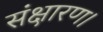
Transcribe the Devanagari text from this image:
संक्षारण।